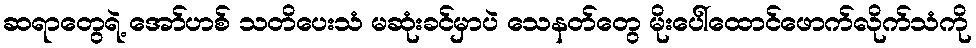
ဆရာတွေရဲ့ အော်ဟစ် သတိပေးသံ မဆုံးခင်မှာပဲ သေနတ်တွေ မိုးပေါ်ထောင်ဖောက်လိုက်သံကို